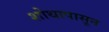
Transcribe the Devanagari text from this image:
शोथापासून